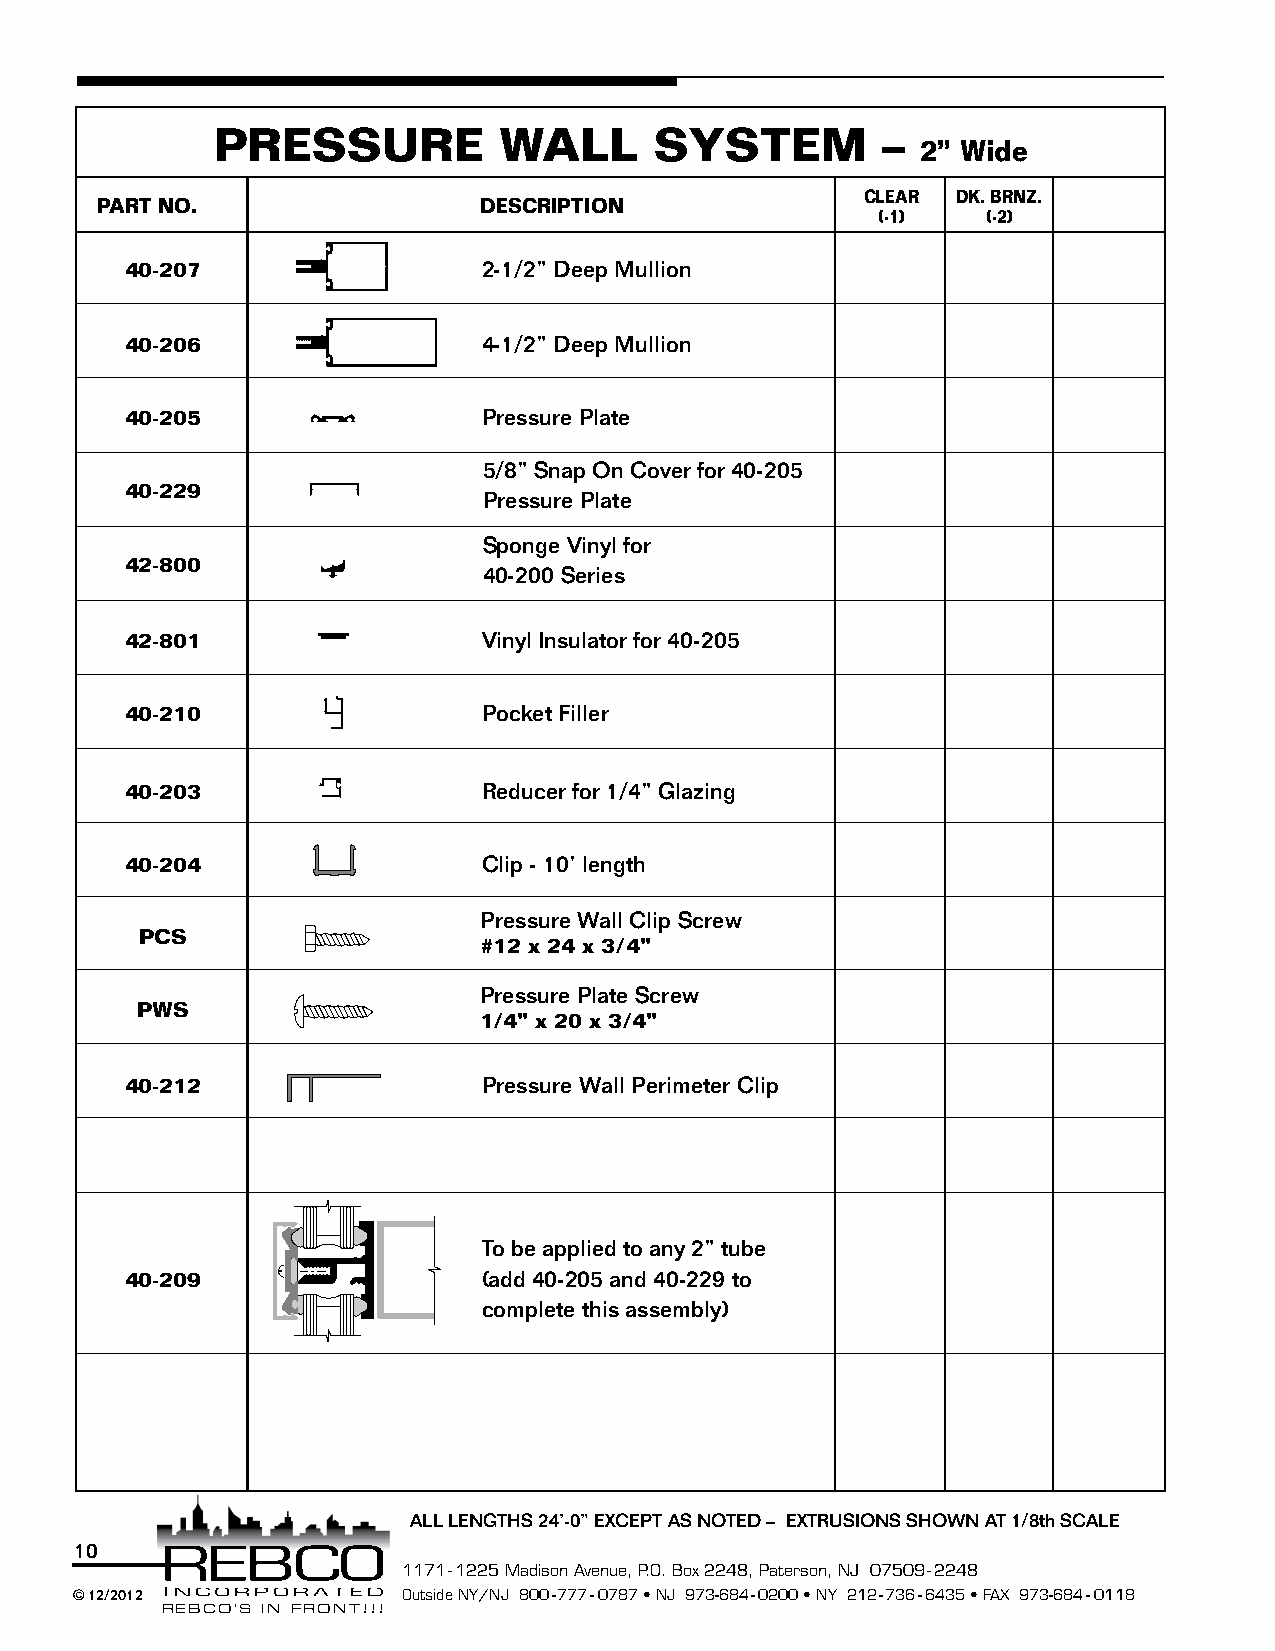
PRESSURE           WALL      SYSTEM         –
 2” Wide
 CLEAR DK. BRNZ.
 PART NO.                  DESCRIPTION
 (-1)   (-2)
 40-207                  2-1/2” Deep Mullion
 40-206                  4-1/2” Deep Mullion
 40-205                  Pressure Plate
 5/8” Snap On Cover for 40-205
 40-229
 Pressure Plate
 Sponge Vinyl for
 42-800
 40-200 Series
 42-801                  Vinyl Insulator for 40-205
 40-210                  Pocket Filler
 40-203                  Reducer for 1/4” Glazing
 40-204                  Clip - 10’ length
 Pressure Wall Clip Screw
 PCS
 #12 x 24 x 3/4”
 Pressure Plate Screw
 PWS
 1/4” x 20 x 3/4”
 40-212                  Pressure Wall Perimeter Clip
 To be applied to any 2” tube
 40-209                  (add 40-205 and 40-229 to
 complete this assembly)
 ALL LENGTHS 24’-0” EXCEPT AS NOTED – EXTRUSIONS SHOWN AT 1/8th SCALE
 10
 1171 - 1225 Madison Avenue, P.O. Box 2248, Paterson, NJ 07509 - 2248
 © 12/2012             Outside NY/NJ 800-777-0787 • NJ 973-684-0200 • NY 212-736-6435 • FAX 973-684-0118
 REBCO’S IN FRONT!!!